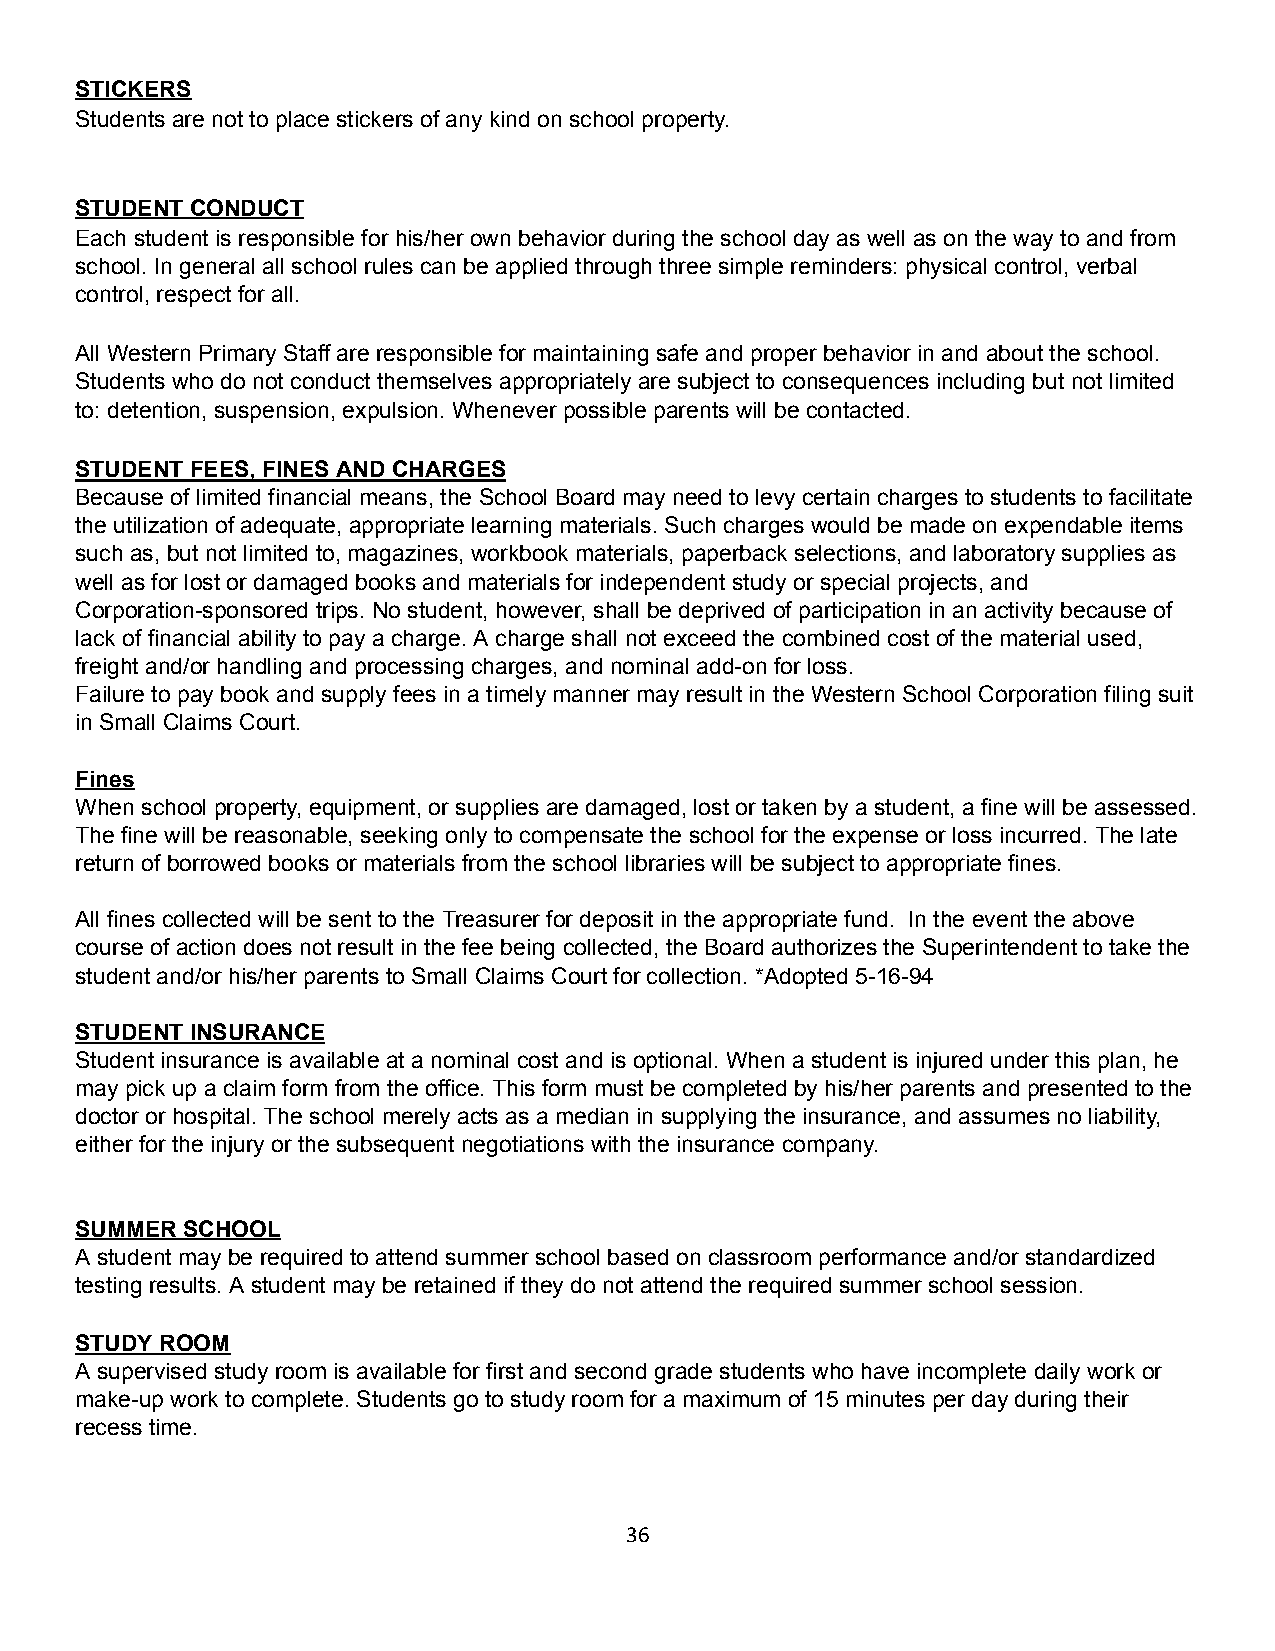
STICKERS
 Students are not to place stickers of any kind on school property.
 STUDENT CONDUCT
 Each student is responsible for his/her own behavior during the school day as well as on the way to and from
 school. In general all school rules can be applied through three simple reminders: physical control, verbal
 control, respect for all.
 All Western Primary Staff are responsible for maintaining safe and proper behavior in and about the school.
 Students who do not conduct themselves appropriately are subject to consequences including but not limited
 to: detention, suspension, expulsion. Whenever possible parents will be contacted.
 STUDENT FEES, FINES AND CHARGES
 Because of limited financial means, the School Board may need to levy certain charges to students to facilitate
 the utilization of adequate, appropriate learning materials. Such charges would be made on expendable items
 such as, but not limited to, magazines, workbook materials, paperback selections, and laboratory supplies as
 well as for lost or damaged books and materials for independent study or special projects, and
 Corporation-sponsored trips. No student, however, shall be deprived of participation in an activity because of
 lack of financial ability to pay a charge. A charge shall not exceed the combined cost of the material used,
 freight and/or handling and processing charges, and nominal add-on for loss.
 Failure to pay book and supply fees in a timely manner may result in the Western School Corporation filing suit
 in Small Claims Court.
 Fines
 When school property, equipment, or supplies are damaged, lost or taken by a student, a fine will be assessed.
 The fine will be reasonable, seeking only to compensate the school for the expense or loss incurred. The late
 return of borrowed books or materials from the school libraries will be subject to appropriate fines.
 All fines collected will be sent to the Treasurer for deposit in the appropriate fund. In the event the above
 course of action does not result in the fee being collected, the Board authorizes the Superintendent to take the
 student and/or his/her parents to Small Claims Court for collection. *Adopted 5-16-94
 STUDENT INSURANCE
 Student insurance is available at a nominal cost and is optional. When a student is injured under this plan, he
 may pick up a claim form from the office. This form must be completed by his/her parents and presented to the
 doctor or hospital. The school merely acts as a median in supplying the insurance, and assumes no liability,
 either for the injury or the subsequent negotiations with the insurance company.
 SUMMER SCHOOL
 A student may be required to attend summer school based on classroom performance and/or standardized
 testing results. A student may be retained if they do not attend the required summer school session.
 STUDY ROOM
 A supervised study room is available for first and second grade students who have incomplete daily work or
 make-up work to complete. Students go to study room for a maximum of 15 minutes per day during their
 recess time.
 36